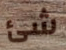
شئ